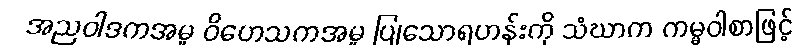
အညဝါဒကအမှု ဝိဟေသကအမှု ပြုသောရဟန်းကို သံဃာက ကမ္မဝါစာဖြင့်